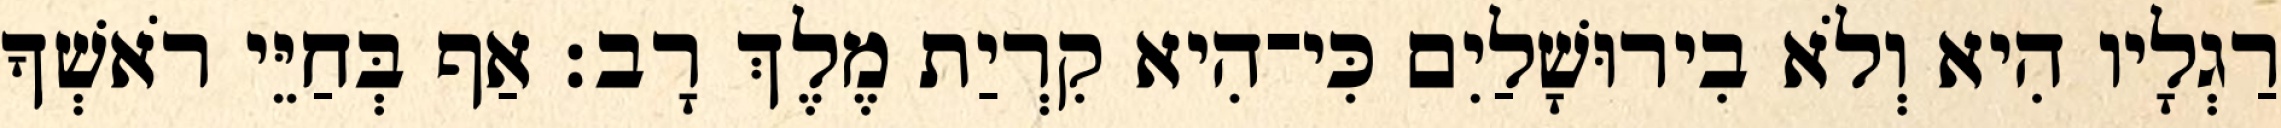
רַגְלָיו הִיא וְלֹא בִירוּשָׁלַיִם כִּי־הִיא קִרְיַת מֶלֶךְ רָב׃ אַף בְּחַיֵּי רֹאשְׁךָ